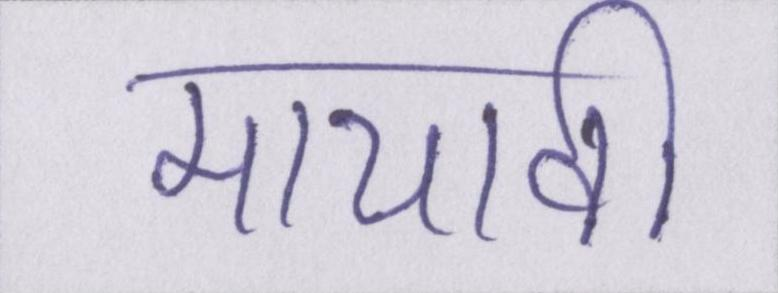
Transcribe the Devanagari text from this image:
मायावी